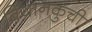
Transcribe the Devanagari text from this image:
बियानकुची